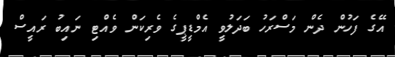
އޭގެ ފަހުން ދެން މަސްރަހު ބަދަލުވީ އެމްޑީޕީގެ ވެރިކަން ވެއްޓި ނައިބު ރައީސް